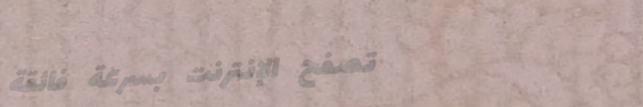
تصفح الإنترنت بسرعة فائقة